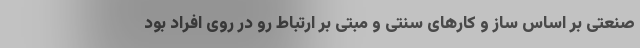
صنعتی بر اساس ساز و کارهای سنتی و مبتی بر ارتباط رو در روی افراد بود